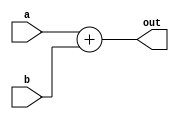
`timescale 1ns / 1ps

module Adder(
    input [63:0]a,
    input [63:0]b,
    output reg [63:0]out
    );
    always @*
        begin
            out<=a+b;
        end
endmodule